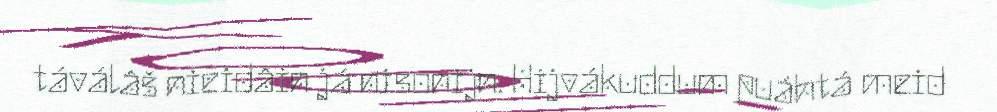
táválâš nieidâin já nisonijn. Hijvákuddum puáhtá meid